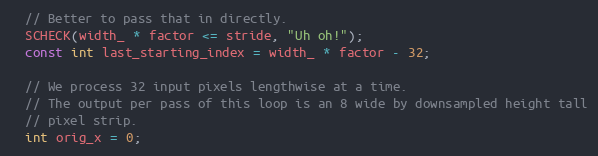
Language: C++
  // Better to pass that in directly.
  SCHECK(width_ * factor <= stride, "Uh oh!");
  const int last_starting_index = width_ * factor - 32;

  // We process 32 input pixels lengthwise at a time.
  // The output per pass of this loop is an 8 wide by downsampled height tall
  // pixel strip.
  int orig_x = 0;